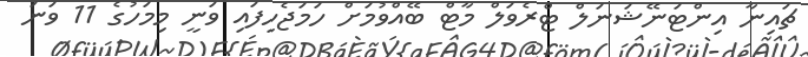
ޗައިނާ އިންޓަނޭޝަނަލް ޓްރެވަލް މާޓް ބޭއްވުމަށް ހަމަޖެހިފައި ވަނީ މިމަހުގެ 11 ވަނަ